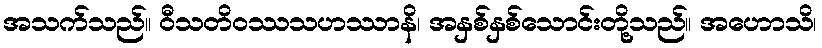
အသက်သည်။ ဝီသတိဝဿသဟဿာနိ၊ အနှစ်နှစ်သောင်းတို့သည်။ အဟောသိ၊